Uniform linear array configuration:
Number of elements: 8
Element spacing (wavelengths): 0.25
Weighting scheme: blackman
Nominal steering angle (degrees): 45
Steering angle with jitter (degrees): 43.266
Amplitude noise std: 0.05
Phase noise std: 0.05

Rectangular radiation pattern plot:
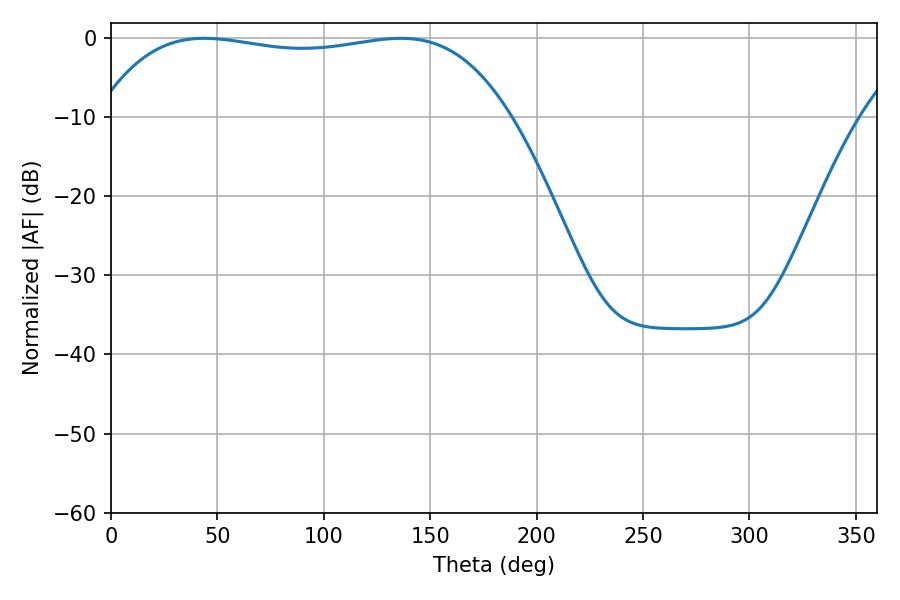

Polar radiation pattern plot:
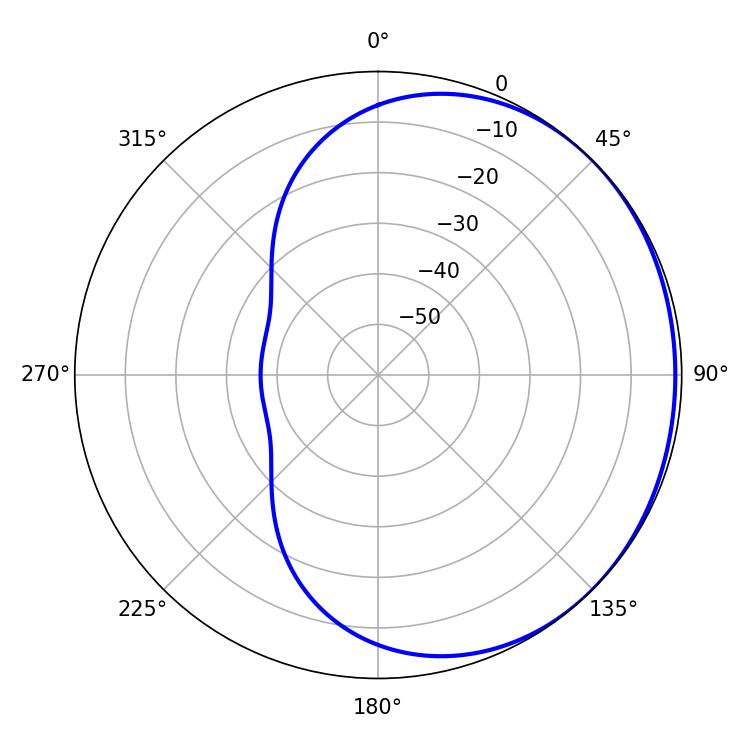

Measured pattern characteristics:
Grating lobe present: FALSE
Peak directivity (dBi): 0.7532
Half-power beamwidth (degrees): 154.44
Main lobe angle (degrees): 43.74